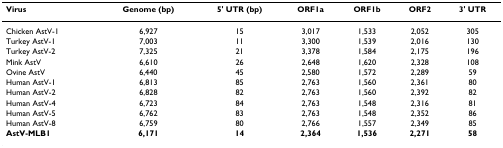
<table><thead><tr><td><b>Virus</b></td><td><b>Genome (bp)</b></td><td><b>5&#x27; UTR (bp)</b></td><td><b>ORF1a</b></td><td><b>ORF1b</b></td><td><b>ORF2</b></td><td><b>3&#x27; UTR</b></td></tr></thead><tbody><tr><td>Chicken AstV-1</td><td>6,927</td><td>15</td><td>3,017</td><td>1,533</td><td>2,052</td><td>305</td></tr><tr><td>Turkey AstV-1</td><td>7,003</td><td>11</td><td>3,300</td><td>1,539</td><td>2,016</td><td>130</td></tr><tr><td>Turkey AstV-2</td><td>7,325</td><td>21</td><td>3,378</td><td>1,584</td><td>2,175</td><td>196</td></tr><tr><td>Mink AstV</td><td>6,610</td><td>26</td><td>2,648</td><td>1,620</td><td>2,328</td><td>108</td></tr><tr><td>Ovine AstV</td><td>6,440</td><td>45</td><td>2,580</td><td>1,572</td><td>2,289</td><td>59</td></tr><tr><td>Human AstV-1</td><td>6,813</td><td>85</td><td>2,763</td><td>1,560</td><td>2,361</td><td>80</td></tr><tr><td>Human AstV-2</td><td>6,828</td><td>82</td><td>2,763</td><td>1,560</td><td>2,392</td><td>82</td></tr><tr><td>Human AstV-4</td><td>6,723</td><td>84</td><td>2,763</td><td>1,548</td><td>2,316</td><td>81</td></tr><tr><td>Human AstV-5</td><td>6,762</td><td>83</td><td>2,763</td><td>1,548</td><td>2,352</td><td>86</td></tr><tr><td>Human AstV-8</td><td>6,759</td><td>80</td><td>2,766</td><td>1,557</td><td>2,349</td><td>85</td></tr><tr><td><b>AstV-MLB1</b></td><td><b>6,171</b></td><td><b>14</b></td><td><b>2,364</b></td><td><b>1,536</b></td><td><b>2,271</b></td><td><b>58</b></td></tr></tbody></table>